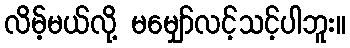
လိမ့်မယ်လို့ မမျှော်လင့်သင့်ပါဘူး။